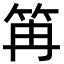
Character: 𥬕